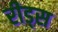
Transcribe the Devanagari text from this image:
रीड्स